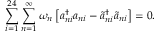
\sum _ { i = 1 } ^ { 2 4 } \sum _ { n = 1 } ^ { \infty } \omega _ { n } \left[ a _ { n i } ^ { \dagger } a _ { n i } - \tilde { a } _ { n i } ^ { \dagger } \tilde { a } _ { n i } \right] = 0 \mathrm { . }